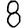
Digit: 8